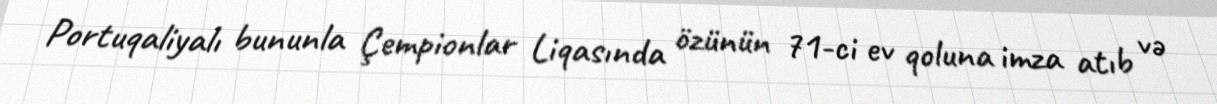
Portuqaliyalı bununla Çempionlar Liqasında özünün 71-ci ev qoluna imza atıb və